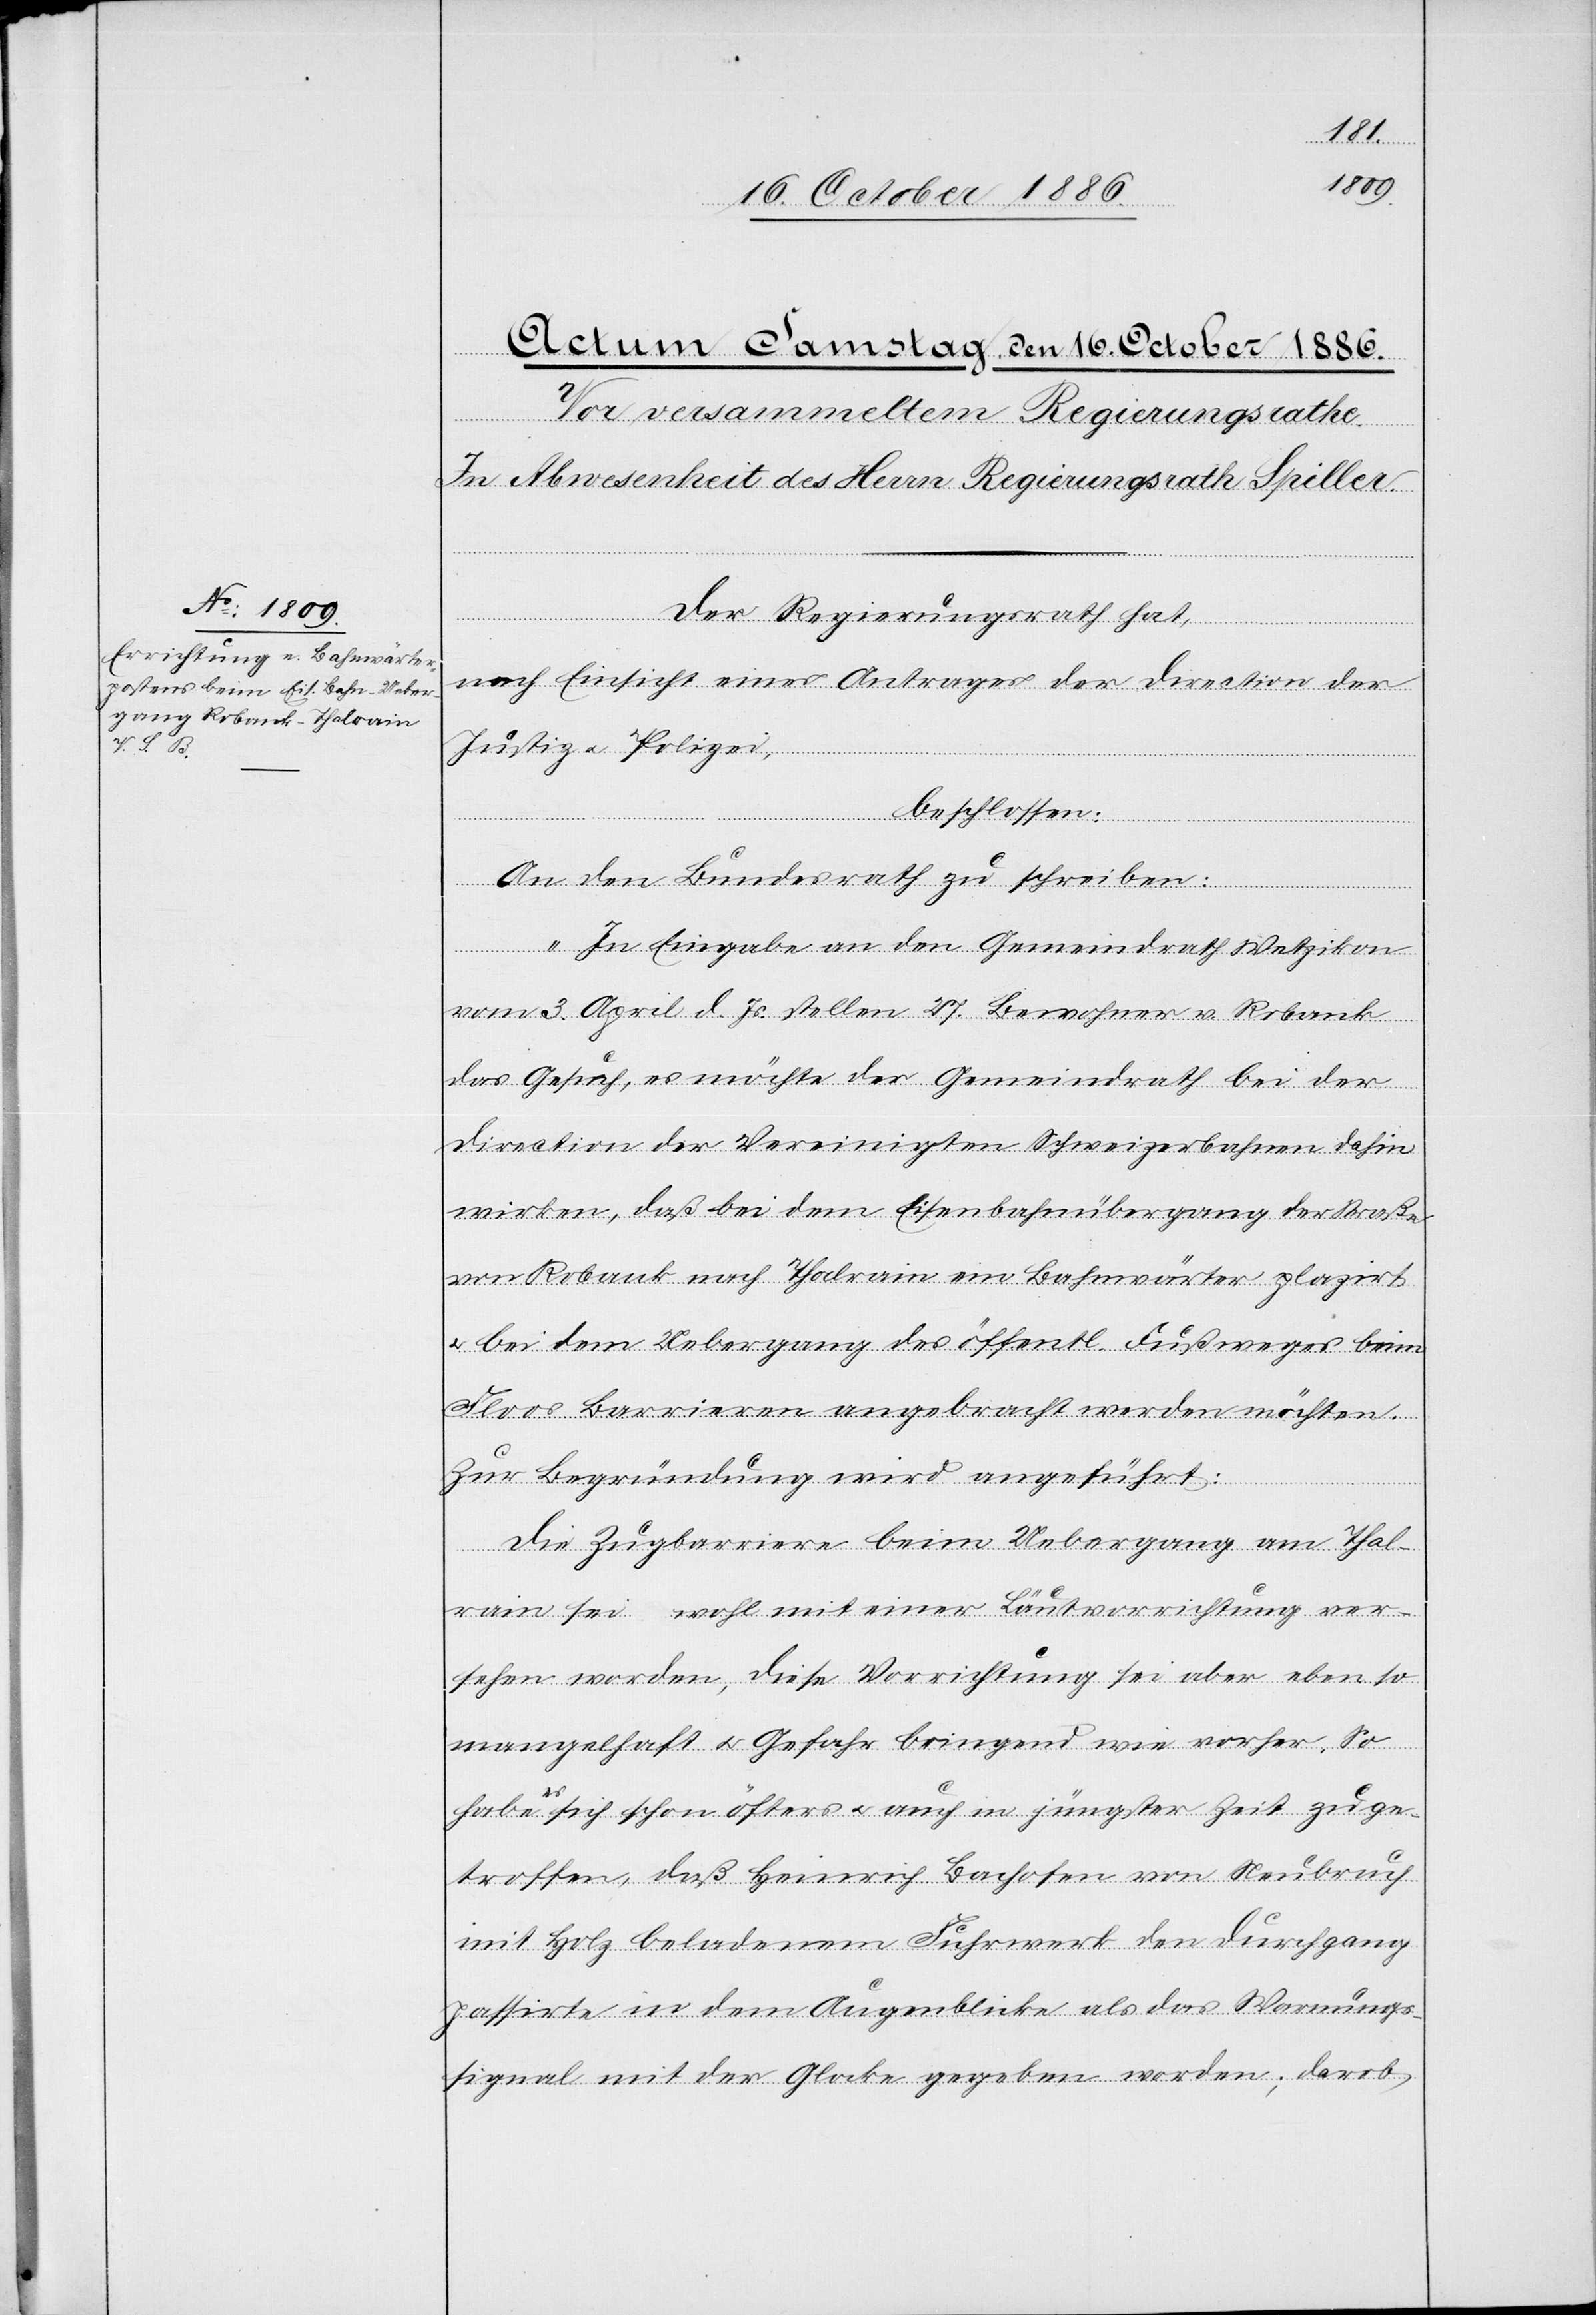
Der Regierungsrath hat,
nach Einsicht eines Antrages der Direction der
Justiz & Polizei,
beschlossen:
An den Bundesrath zu schreiben:
„In Eingabe an den Gemeindrath Wetzikon
vom 3. April d. Js. stellen 27. Bewohner v. Robank
das Gesuch, es möchte der Gemeindrath bei der
Direction der Vereinigten Schweizerbahnen dahin
wirken, daß bei dem Eisenbahnübergang der Straße
von Robank nach Thalrain ein Bahnwärter plazirt
& bei dem Uebergang des öffentl. Fußweges beim
Floos Barrieren angebracht werden möchten.
Zur Begründung wird angeführt:
Die Zugbarriere beim Uebergang am Thal¬
rain sei wohl mit einer Läutvorrichtung ver¬
sehen worden, diese Vorrichtung sei aber eben so
mangelhaft & Gefahr bringend wie vorher. So
habe es sich schon öfters & auch in jüngster Zeit zuge¬
troffen, daß Heinrich Bachofen von Neubruch
mit Holz beladenem Fuhrwerk den Durchgang
passirte in dem Augenblicke als das Warnungs¬
signal mit der Glocke gegeben worden; darob